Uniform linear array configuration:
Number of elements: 64
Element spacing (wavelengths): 0.5
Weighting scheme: cosine
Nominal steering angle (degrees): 15
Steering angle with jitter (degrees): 14.503
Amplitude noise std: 0.05
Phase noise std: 0.05

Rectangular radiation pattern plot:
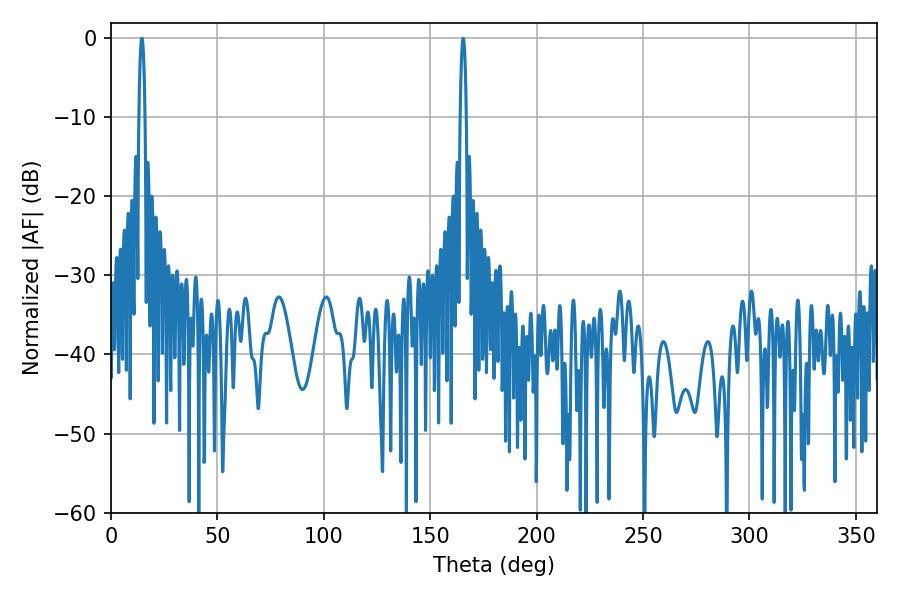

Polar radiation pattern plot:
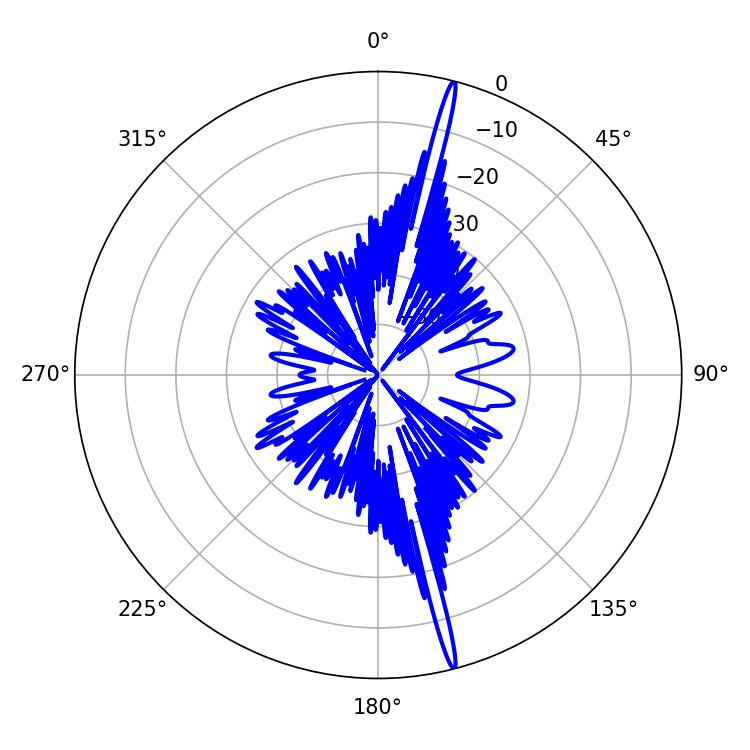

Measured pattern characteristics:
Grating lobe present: FALSE
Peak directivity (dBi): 20.845
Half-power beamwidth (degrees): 1.62
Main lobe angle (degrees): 165.42